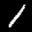
Label: 1